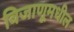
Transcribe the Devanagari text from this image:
विजाणूमधील